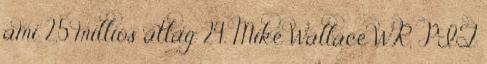
ami 2,5 milliós átlag 24. Mike Wallace WR, PIT